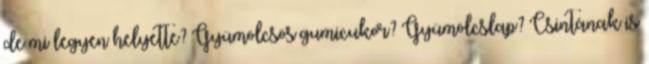
de mi legyen helyette? Gyümölcsös gumicukor? Gyümölcslap? Csintának is